Lunatic asylums Madras 1877-1891 - 1877-1891
Year: 1877
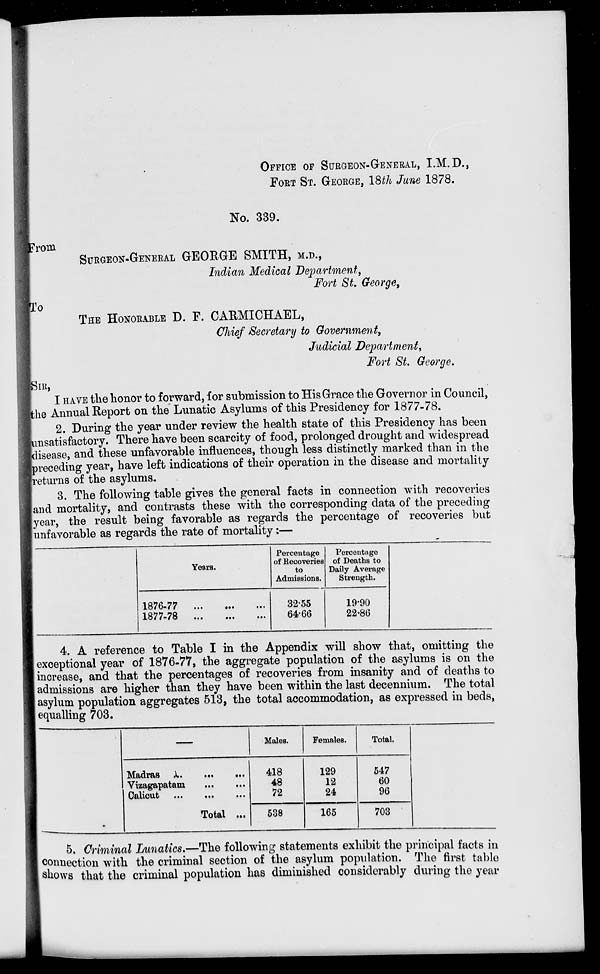
OFFICE OF SURGEON-GENERAL, I.M.D.,
FORT ST. GEORGE, 18th June 1878.
No. 339.
From
SURGEON-GENERAL GEORGE SMITH, M.D.,
Indian Medical Department,
Fort St. George,
To
THE HONORABLE D. F. CAKMICHAEL,
Chief Secretary to Government,
Judicial Department,
Fort St. George.
SIR,
I HAVE the honor to forward, for submission to His Grace the Governor in Council,
the Annual Report on the Lunatic Asylums of this Presidency for 1877-78.
2. During the year under review the health state of this Presidency has been
unsatisfactory. There have been scarcity of food, prolonged drought and widespread
disease, and these unfavorable influences, though less distinctly marked than in the
preceding year, have left indications of their operation in the disease and mortality
returns of the asylums.
3. The following table gives the general facts in connection with recoveries
and mortality, and contrasts these with the corresponding data of the preceding
year, the result being favorable as regards the percentage of recoveries but
unfavorable as regards the rate of mortality:—
Years.
1876-77
1877-78
... ... ...
... ... ...
Percentage
of Recoveries
to
Admissions.
32.55
64.66
Percentage
of Deaths to
Daily Average
Strength.
19.90
22.86
4. A reference to Table I in the Appendix will show that, omitting the
exceptional year of 1876-77, the aggregate population of the asylums is on the
increase, and that the percentages of recoveries from insanity and of deaths to
admissions are higher than they have been within the last decennium. The total
asylum population aggregates 513, the total accommodation, as expressed in beds,
equalling 703.
Madras
...
...
...
Vizagapatam
...
...
Calicut
...
....
...
Total ...
Males.
418
48
72
538
Females.
129
12
24
165
Total.
547
60
96
703
5. Criminal Lunatics.—The following statements exhibit the principal facts in
connection with the criminal section of the asylum population. The first table
shows that the criminal population has diminished considerably during the year